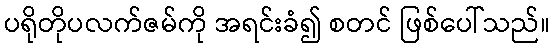
ပရိုတိုပလက်ဇမ်ကို အရင်းခံ၍ စတင် ဖြစ်ပေါ်သည်။